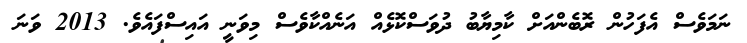
ނަމަވެސް އެފަހުން ރޮބެންއަށް ކާމިޔާބު ދުވަސްކޮޅެއް އަނެއްކާވެސް މިވަނީ އައިސްފައެވެ. 2013 ވަނަ